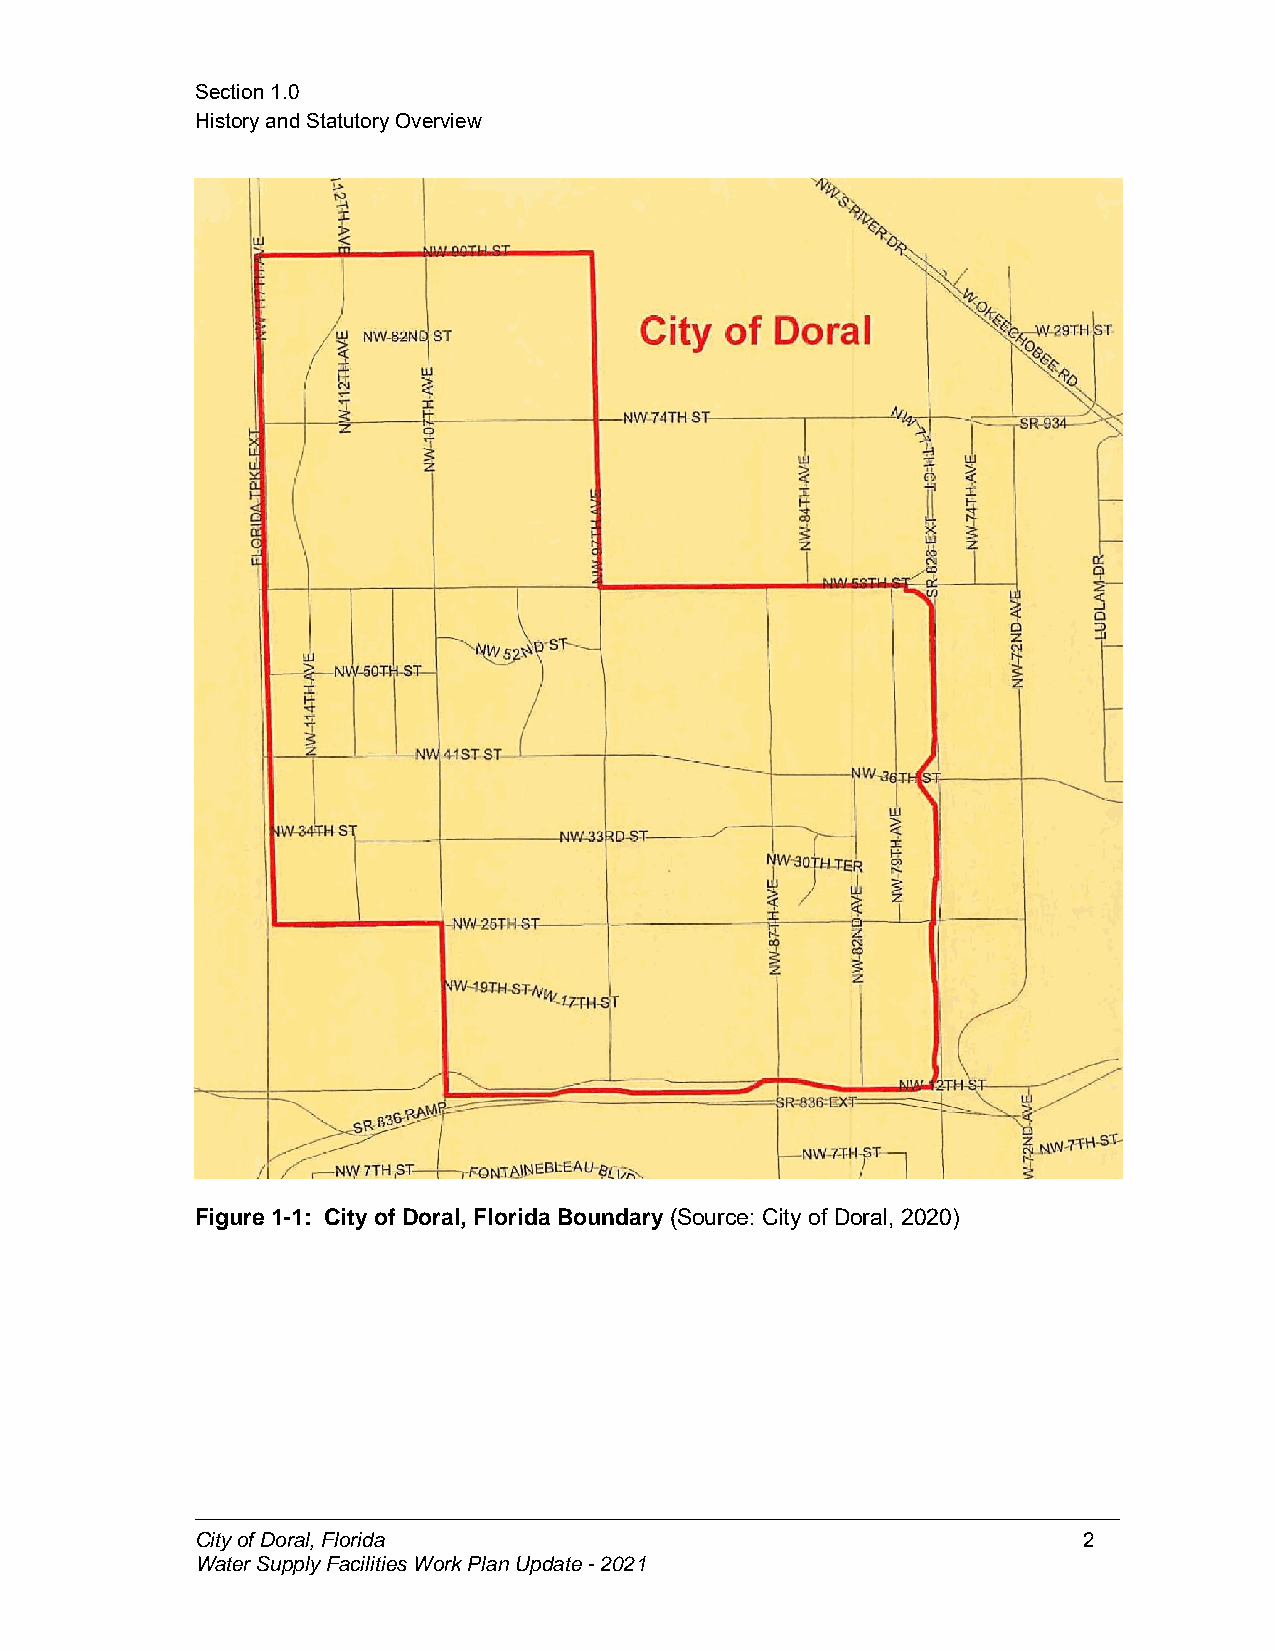
Section1.0
 HistoryandStatutoryOverview
 Figure 1-1: Cityof Doral, FloridaBoundary (Source: City of Doral, 2020)
 CityofDoral,Florida                                        2
 WaterSupplyFacilitiesWorkPlanUpdate-2021